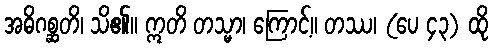
အဓိဂစ္ဆတိ၊ သိ၏။ ဣတိ တသ္မာ၊ ကြောင့်။ တဿ၊ (ပေ ၄၃) ထို